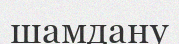
шамдану